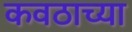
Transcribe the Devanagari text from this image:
कवठाच्या